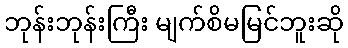
ဘုန်းဘုန်းကြီး မျက်စိမမြင်ဘူးဆို